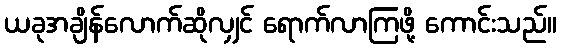
ယခုအချိန်လောက်ဆိုလျှင် ရောက်လာကြဖို့ ကောင်းသည်။